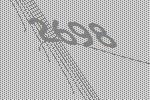
2698